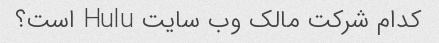
کدام شرکت مالک وب سایت Hulu است؟